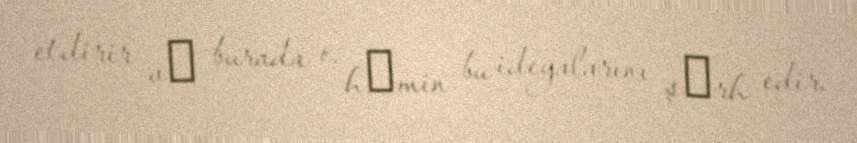
etdirir vә burada o, hәmin bu ideyalarını şәrh edir.